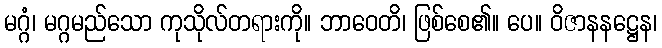
မဂ္ဂံ၊ မဂ္ဂမည်သော ကုသိုလ်တရားကို။ ဘာဝေတိ၊ ဖြစ်စေ၏။ ပေ။ ဝိဇာနနဋ္ဌေန၊